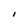
Character: I